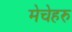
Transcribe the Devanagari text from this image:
मेचेहरु